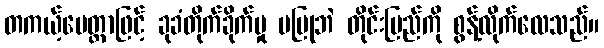
တကယ့်မေတ္တာဖြင့် ခုခံတိုက်ခိုက်မှု မပြုဘဲ တိုင်းပြည်ကို စွန့်လိုက်လေသည်။